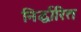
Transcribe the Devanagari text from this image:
निर्द्धारित